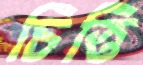
চিত্তি